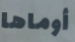
أوماها